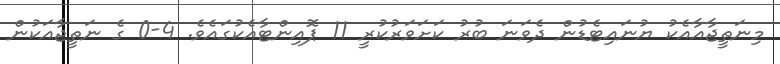
މިނަތީޖާއާއެކު ޔުނައިޓެޑުން ދެވަނަ ބުރު ކަށަވަރުކުރީ 11 ޕޮއިންޓާއެކުގައެވެ. 4-0 ގެ ނަތީޖާއަކުން